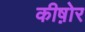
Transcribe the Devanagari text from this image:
कीष़ोर